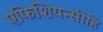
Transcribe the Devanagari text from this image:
एफिशियन्सीहि